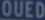
QUEDQUUED